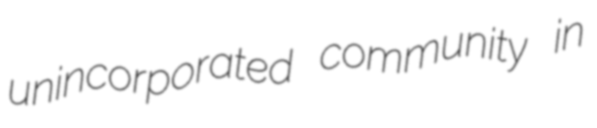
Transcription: unincorporated community in